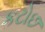
કટોછ